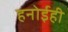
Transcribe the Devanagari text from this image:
हनोईही